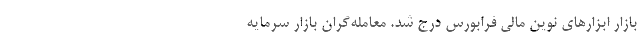
بازار ابزارهای نوین مالی فرابورس درج شد. معامله‌گران بازار سرمایه